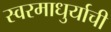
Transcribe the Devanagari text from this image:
स्वरमाधुर्याची